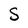
Character: S